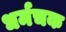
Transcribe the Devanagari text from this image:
धर्मचक